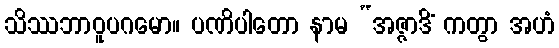
သိဿဘာဝူပဂမော။ ပဏိပါတော နာမ “အဇ္ဇာဒိံ ကတွာ အဟံ